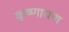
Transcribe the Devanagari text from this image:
कृष्णायण